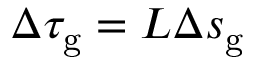
\Delta \tau _ { \mathrm { g } } = L \Delta s _ { \mathrm { g } }